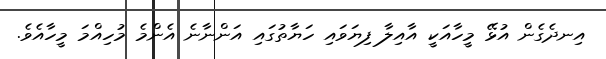
އިނދެގެން އުޅޭ މީހާއަކީ އާއިލާ ފިޔަވައި ހަޔާތުގައި އަންނާނެ އެންމެ މުހިއްމަ މީހާއެވެ.